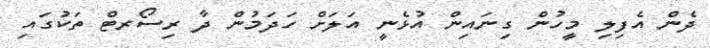
ދެން އެފިލި މީހުން ގިނައިން އުޅެނީ އަލަށް ހަދަމުން ދާ ރިސޯރޓް ތަކުގައި